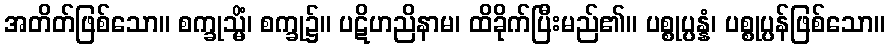
အတိတ်ဖြစ်သော။ စက္ခုသ္မိံ၊ စက္ခု၌။ ပဋိဟညိနာမ၊ ထိခိုက်ပြီးမည်၏။ ပစ္စုပ္ပန္နံ၊ ပစ္စုပ္ပန်ဖြစ်သော။